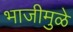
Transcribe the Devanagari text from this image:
भाजीमुळे